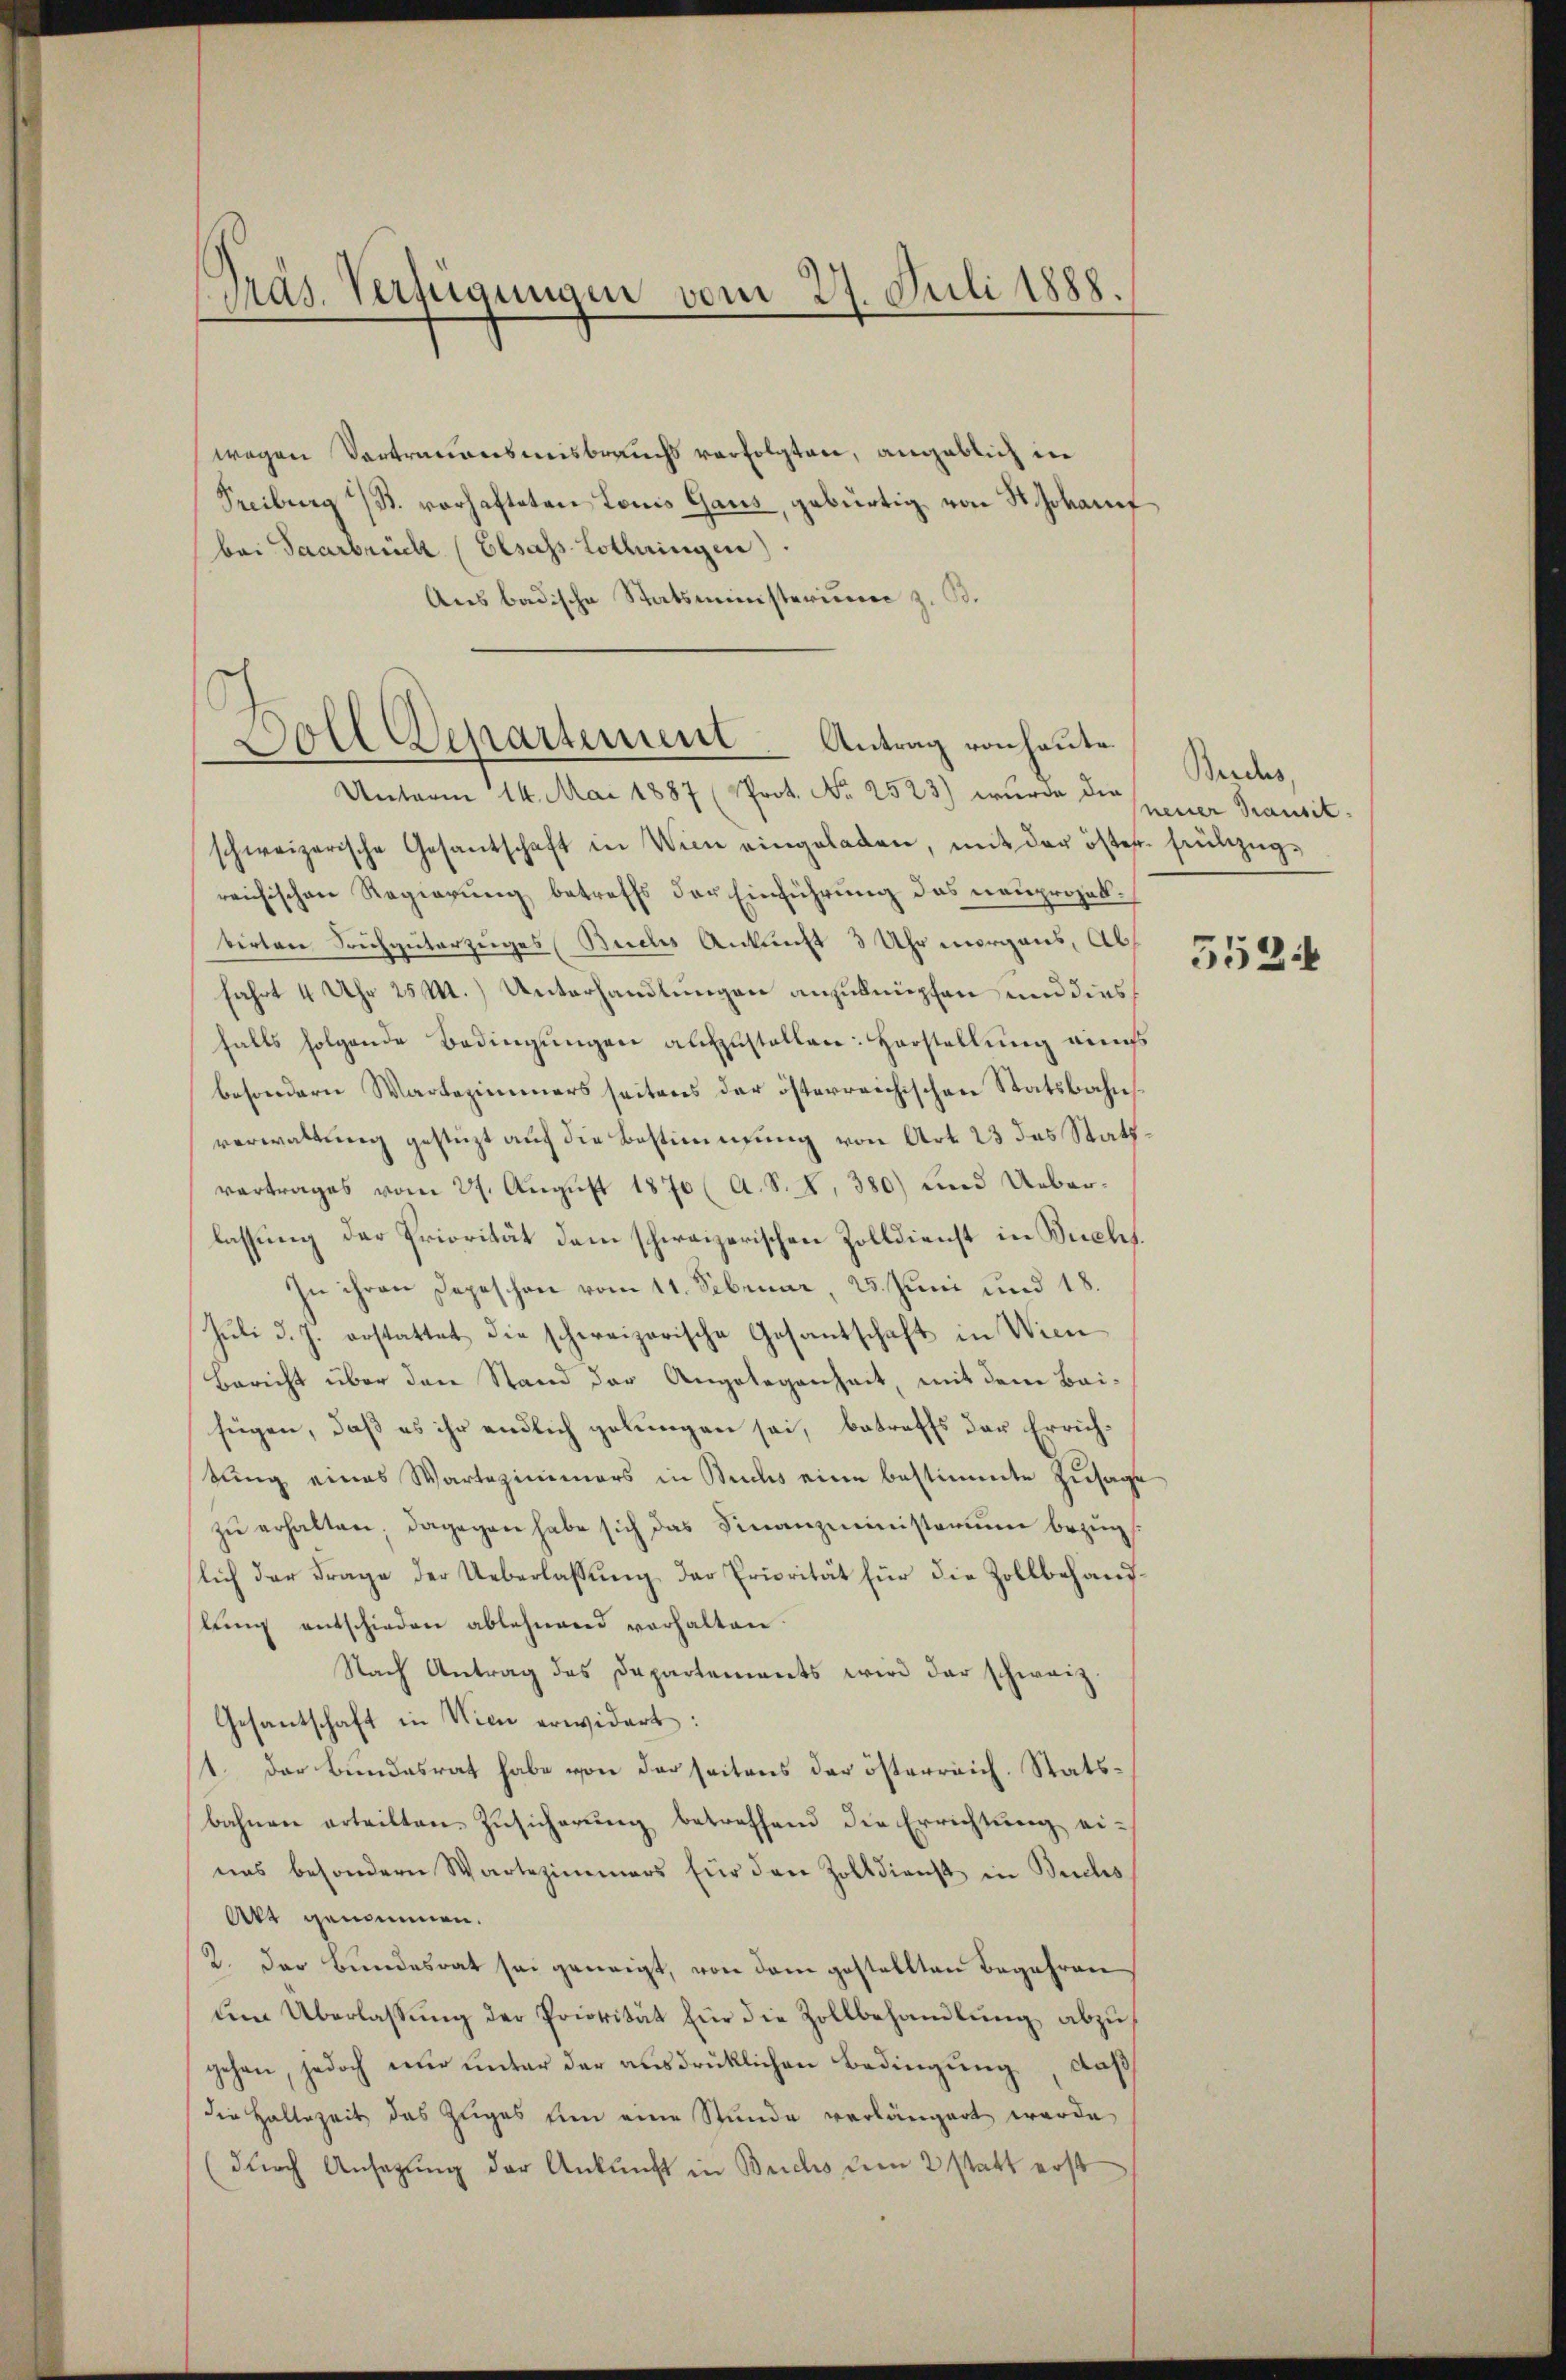
PPräs. Verfügungen vom 27. Juli 1888.

wegen Vortrauensmisbrauchs verfolgten, angeblich in
Freiburg B. vorhafteten Louis Gans, gebürtig von St. Gokarf
bei Saarbrück (Elsass Lothringen).
Aus badische Statsministerium z. B.
Unterm 14. Mai 1887 (Prot. No 2523) wurde die specier Transit
schweizerische Gesantschaft in Wien eingeladen, mit der öster Heubezugreichischen Regierung betreffs der Einführung das neuprojekbirten Sichgüterzuges Buches Ankunft 3 Uhr morgens, Abfahrt 4 Uhr 250.) Unterhandlungen anzuknüpfen und dies
falls folgende Bedingungen aufzustellen: Horstellung eines
besondern Wartezimmers seitens der österreichischen Statsbahn
verwaltung gestüzt auch die Bestimmung von Art. 23 das Stattvertrages vom 27. August 1870 (A. S. S. 380) und Ueberlassung der Priorität dem schweizerischen Zolldienst in Buchs.
In ihren Depeschon vom 11. Sebruar, 25. Juni und 18.
Juli d. J. erstattet die schweizerische Gesantschaft in Wien
Bericht über den Stand der Angelegenheit, mit dem Bai-
fügen, daß es ihr endlich gelungen sei, betreffs der Errichstung eines Wartezimmers in Buchs eine bestimmte Zusage
zŭ erhalten, dagegen habe sich das Finanzministerium bezug
slich der Frage der Ueberlassung der Priorität für die Zollbehandlung entschieden ablehnend vorhalten.
Nach Antrag des Dapartements wird der schweiz.
Gesantschaft in Wien erwidert:
1. Der Bundesrat habe von der seitens der österreich. Statsbahnen erteilten Zusicherung betreffend die Errichtung ei-
nas besondern Wartezimmers für den Zolldienst in Buchs
Akt genommen.
2. Der Bundesrat sei geneigt, von dem gestellten Begehren
ŭm Überlassŭng der Priorität für die Zollbehandlŭng abzŭ
gehen, jedoch nur unter der ausdrücklichen Bedingung, daß
die Hallezeit das Zuges um eine Stunde verlängert werde
(durch Ansagung der Ankunft in Brichs dem 2 statt erst

Doll Departement. Antrag von heute

Beides,

5524